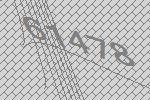
61478